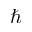
\hbar